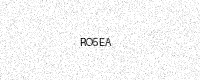
Text: RO5EA